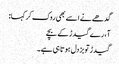
گدھے نے اسے بھی روک کر کہا:
آ، رے گیدڑ کے بچے
گیدڑ تو بزدل ہوتا ہی ہے۔